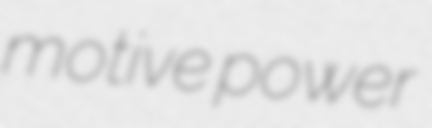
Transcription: motive power